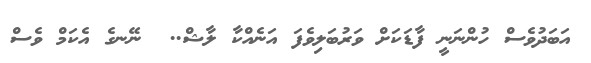
އަބަދުވެސް ހުންނަނީ ފާޑަކަށް ވަރުބަލިވެފަ އަނެއްކާާ ލާޝް..  ނޭޭނގެ އެކަމް ވެސް